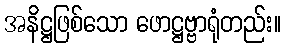
အနိဋ္ဌဖြစ်သော ဖောဋ္ဌဗ္ဗာရုံတည်း။